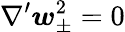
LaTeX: \nabla^{\prime}\boldsymbol{w}_{\pm}^{2}=0